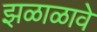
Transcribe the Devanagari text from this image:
झळाळावे